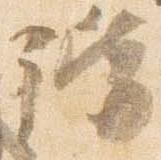
階